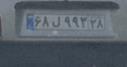
۶۸ل۹۹۳۲۸